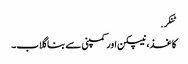
ٹنکر.
کاغذ ، نیپکن اور کمپنی سے بنا گلاب۔